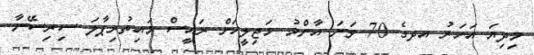
މިދިޔަ އަހަރު އދގެ 70 ވަނަ އާންމު މަޖިލީހަށް ރައީސް މައިތުރިޕާލަ ސިރިސޭނާ